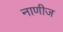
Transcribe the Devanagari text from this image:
नाणीज